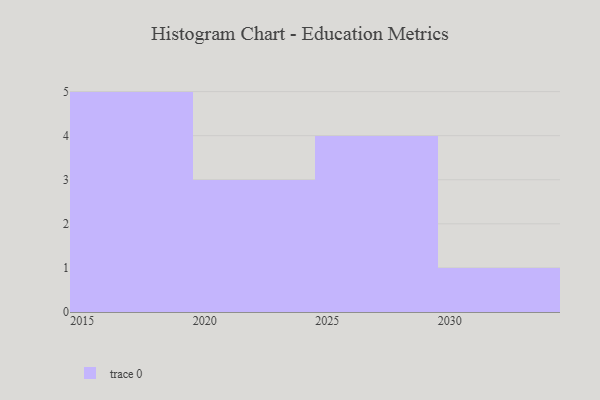
{"axis": {"x": "Year", "y": "Production Output"}, "legend": [""], "data": [{"x": "2028", "y": 91, "type": ""}, {"x": "2027", "y": 82, "type": ""}, {"x": "2021", "y": 45, "type": ""}, {"x": "2016", "y": 51, "type": ""}, {"x": "2015", "y": 29, "type": ""}, {"x": "2030", "y": 25, "type": ""}, {"x": "2019", "y": 93, "type": ""}, {"x": "2026", "y": 35, "type": ""}, {"x": "2022", "y": 41, "type": ""}, {"x": "2029", "y": 59, "type": ""}, {"x": "2017", "y": 92, "type": ""}, {"x": "2018", "y": 28, "type": ""}, {"x": "2024", "y": 43, "type": ""}]}